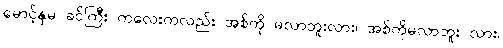
မောင့်နှမ ခင်ကြီး ကလေးကလည်း အစ်ကို မလာဘူးလား၊ အစ်ကိုမလာဘူး လား၊